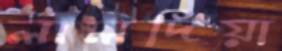
লালদিয়া